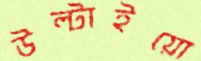
উল্‌টাইয়ো